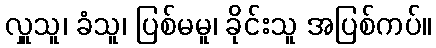
လှူသူ၊ ခံသူ၊ ပြစ်မမူ၊ ခိုင်းသူ အပြစ်ကပ်။